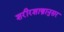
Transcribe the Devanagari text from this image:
शरीरशास्त्रानुसर